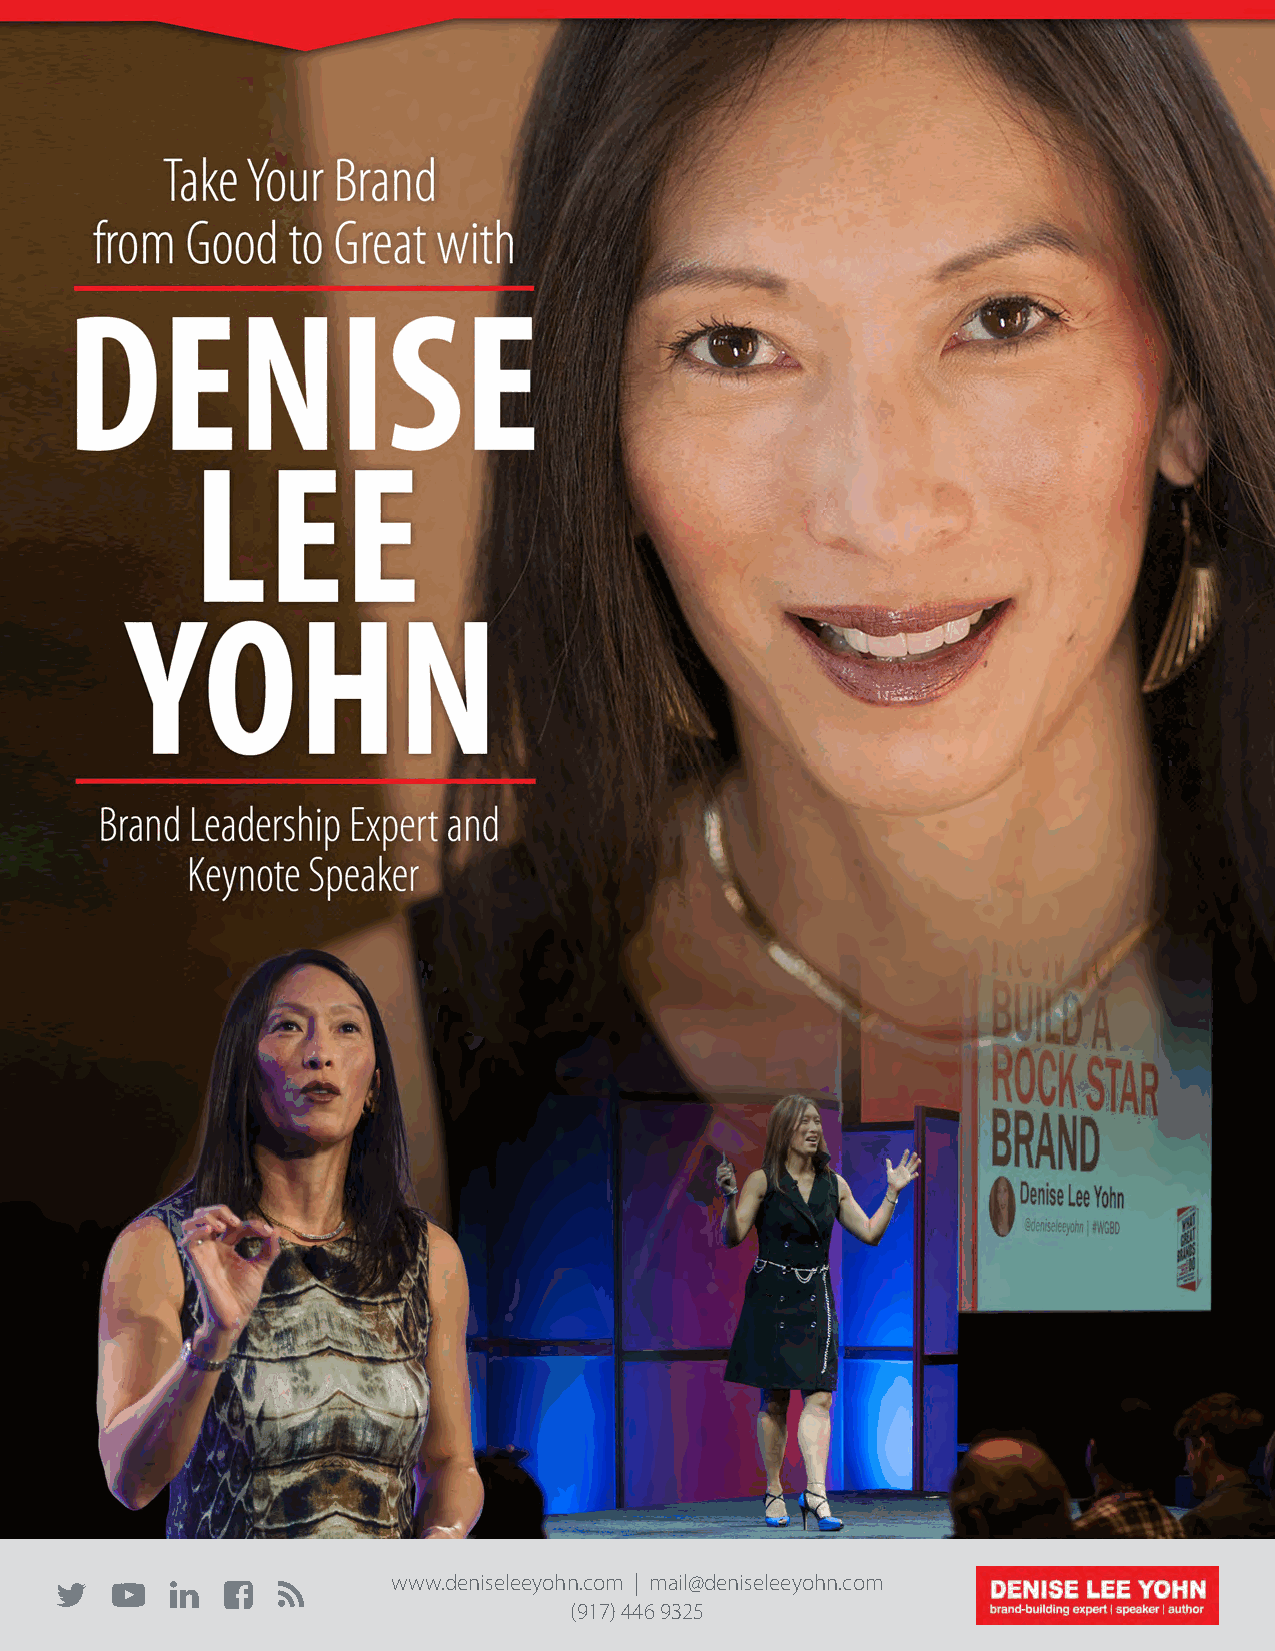
                 www.deniseleeyohn.com | mail@deniseleeyohn.com
 (917) 446 9325